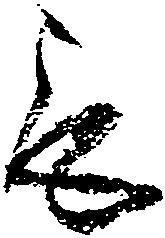
取